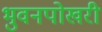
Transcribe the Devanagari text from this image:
भुवनपोखरी